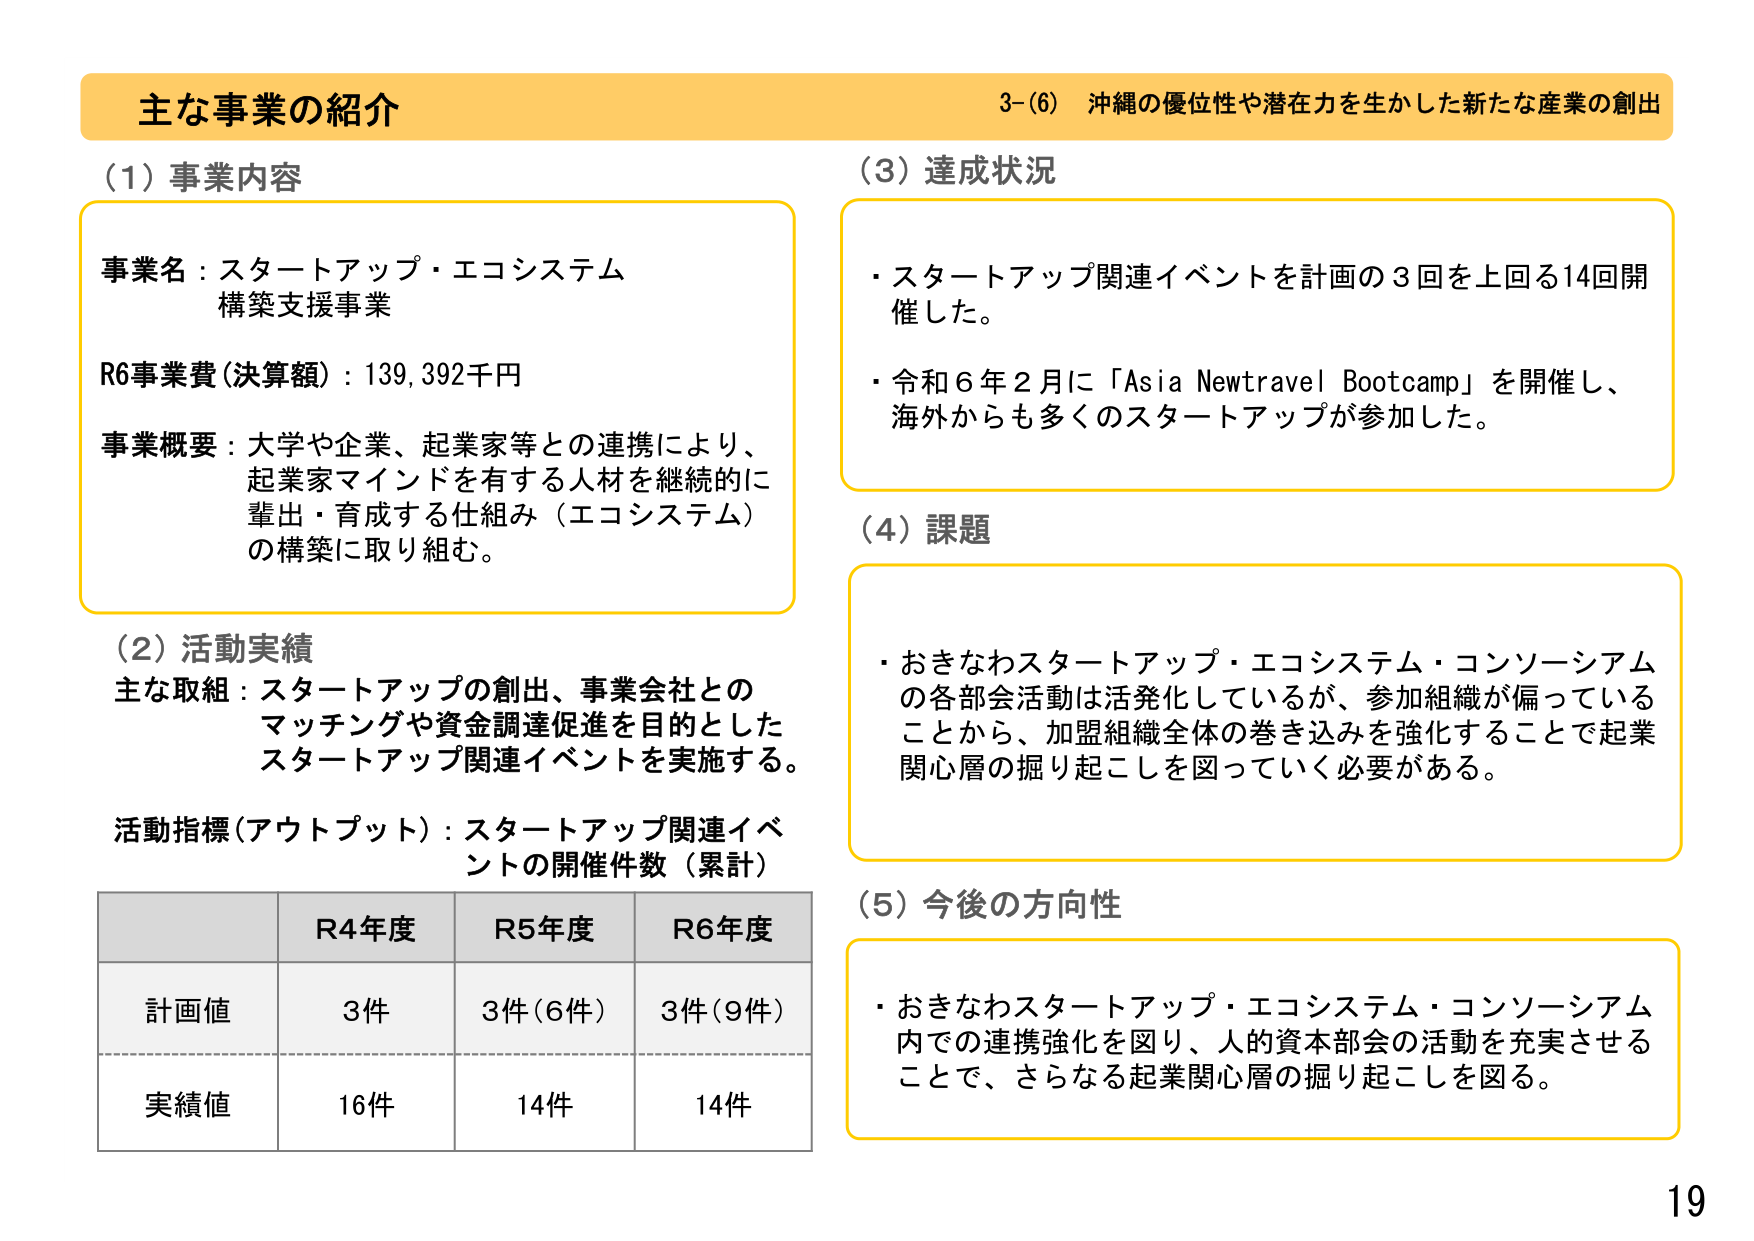
主な事業の紹介
3-(6) 沖縄の優位性や潜在力を生かした新たな産業の創出

(1) 事業内容
事業名：スタートアップ・エコシステム
構築支援事業
R6事業費（決算額）：139,392千円
事業概要：大学や企業、起業家等との連携により、
起業家マインドを有する人材を継続的に
輩出・育成する仕組み（エコシステム）
の構築に取り組む。

(2) 活動実績
主な取組：スタートアップの創出、事業会社との
マッチングや資金調達促進を目的とした
スタートアップ関連イベントを実施する。
活動指標（アウトプット）：スタートアップ関連イベ
ントの開催件数（累計）

R4年度 R5年度 R6年度
計画値 3件 3件（6件） 3件（9件）
実績値 16件 14件 14件

(3) 達成状況
・スタートアップ関連イベントを計画の3回を上回る14回開催した。
・令和6年2月に「Asia Newtravel Bootcamp」を開催し、
海外からも多くのスタートアップが参加した。

(4) 課題
・おきなわスタートアップ・エコシステム・コンソーシアム
の各部会活動は活発化しているが、参加組織が偏っている
ことから、加盟組織全体の巻き込みを強化することで起業
関心層の掘り起こしを図っていく必要がある。

(5) 今後の方向性
・おきなわスタートアップ・エコシステム・コンソーシアム
内での連携強化を図り、人的資本部会の活動を充実させる
ことで、さらなる起業関心層の掘り起こしを図る。

19